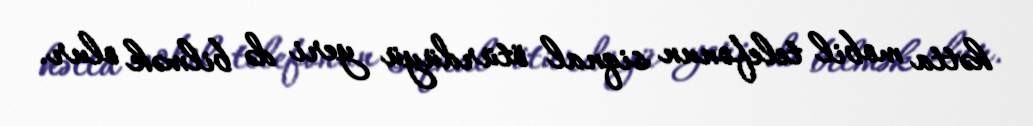
hətta mobil telefonun siqnal ötürdüyü yeri də bilmək olur.